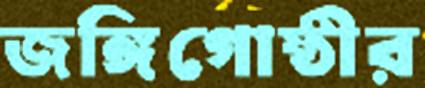
জঙ্গিগোষ্ঠীর